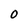
Character: 0